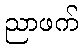
ညာဖက်